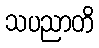
သပညာတိ